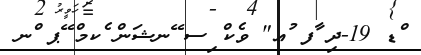
ްޑ 19-ދި ާފ ުޢ" ވެކް ިސ ޭނޝަން ެކމް ޭޕ ްނ